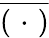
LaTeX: \overline{{(\, \, \cdot\, \, )}}